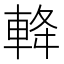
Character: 𨋪